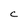
Character: c